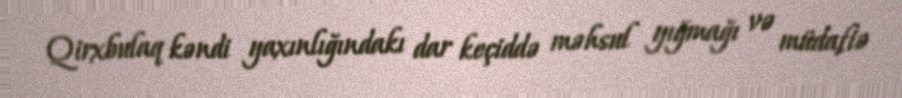
Qirxbulaq kəndi yaxınlığındakı dar keçiddə məhsul yığmağı və müdafiə